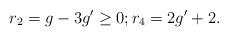
LaTeX: \begin{align*} r_2 = g-3g' \geq 0; r_{4} = 2g'+2.\end{align*}